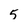
Character: 5